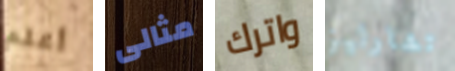
أعلم مثالى واترك تشارليز